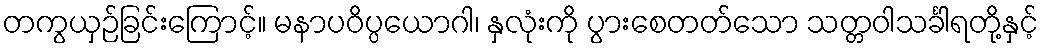
တကွယှဉ်ခြင်းကြောင့်။ မနာပဝိပ္ပယောဂါ၊ နှလုံးကို ပွားစေတတ်သော သတ္တဝါသင်္ခါရတို့နှင့်